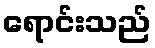
ရောင်းသည်